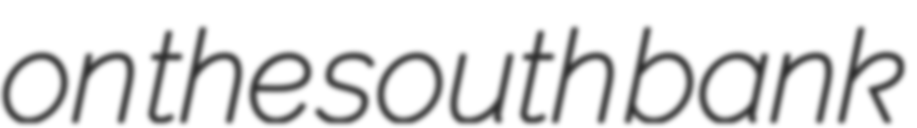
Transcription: on the south bank